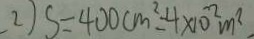
2 ) S = 4 0 0 c m ^ { 2 } = 4 \times 1 0 ^ { 2 } m ^ { 2 }